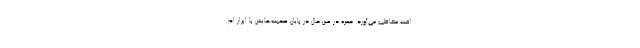
افت مخاطب می‌آورد. حمزه در عین حال در پایان صحبت‌هایش با ابراز ام